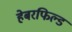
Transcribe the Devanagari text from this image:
हेबरफिल्ड